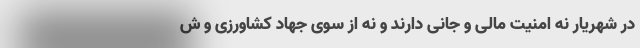
در شهریار نه امنیت مالی و جانی دارند و نه از سوی جهاد کشاورزی و ش